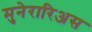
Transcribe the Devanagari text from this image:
मुनेरारिअस